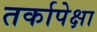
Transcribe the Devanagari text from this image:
तर्कापेक्षा